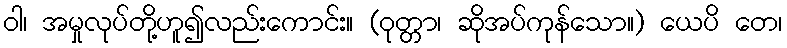
ဝါ၊ အမှုလုပ်တို့ဟူ၍လည်းကောင်း။ (ဝုတ္တာ၊ ဆိုအပ်ကုန်သော။) ယေပိ တေ၊